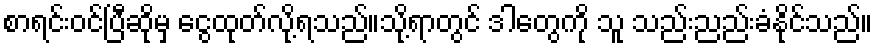
စာရင်းဝင်ပြီဆိုမှ ငွေထုတ်လို့ရသည်။သို့ရာတွင် ဒါတွေကို သူ သည်းညည်းခံနိုင်သည်။